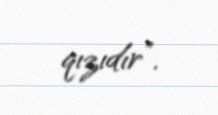
qızıdır”.